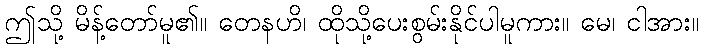
ဤသို့ မိန့်တော်မူ၏။ တေနဟိ၊ ထိုသို့ပေးစွမ်းနိုင်ပါမူကား။ မေ၊ ငါအား။